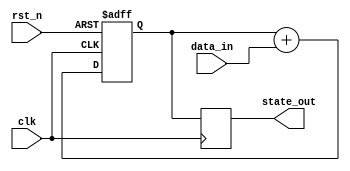
module sequential_logic (
    input wire clk,          // Clock signal
    input wire rst_n,       // Active low reset signal
    input wire [3:0] data_in, // 4-bit input data
    output reg [3:0] state_out // 4-bit output state
);

// State register
reg [3:0] current_state;

// Sequential logic block
always @(posedge clk or negedge rst_n) begin
    if (!rst_n) begin
        // Reset condition: initialize state to 0
        current_state <= 4'b0000;
    end else begin
        // State update logic
        // Example: Next state is current state + input data
        current_state <= current_state + data_in;
    end
end

// Output generation
always @(posedge clk) begin
    // Output the current state
    state_out <= current_state;
end

endmodule